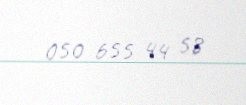
050 655 44 58